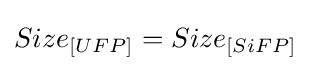
Size_{[UFP]}=Size_{[SiFP]}